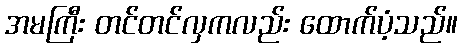
အမကြီး တင်တင်လှကလည်း ထောက်ပံ့သည်။